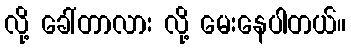
လို့ ခေါ်တာလား လို့ မေးနေပါတယ်။